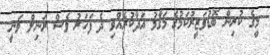
މީގެ ކުރިން ބޮޑުވަޒީރުކަމުގެ މަގާމު އަދާކުރެއްވި ދެ ފަހަރު ވެސް ރަނިލް ވަނީ